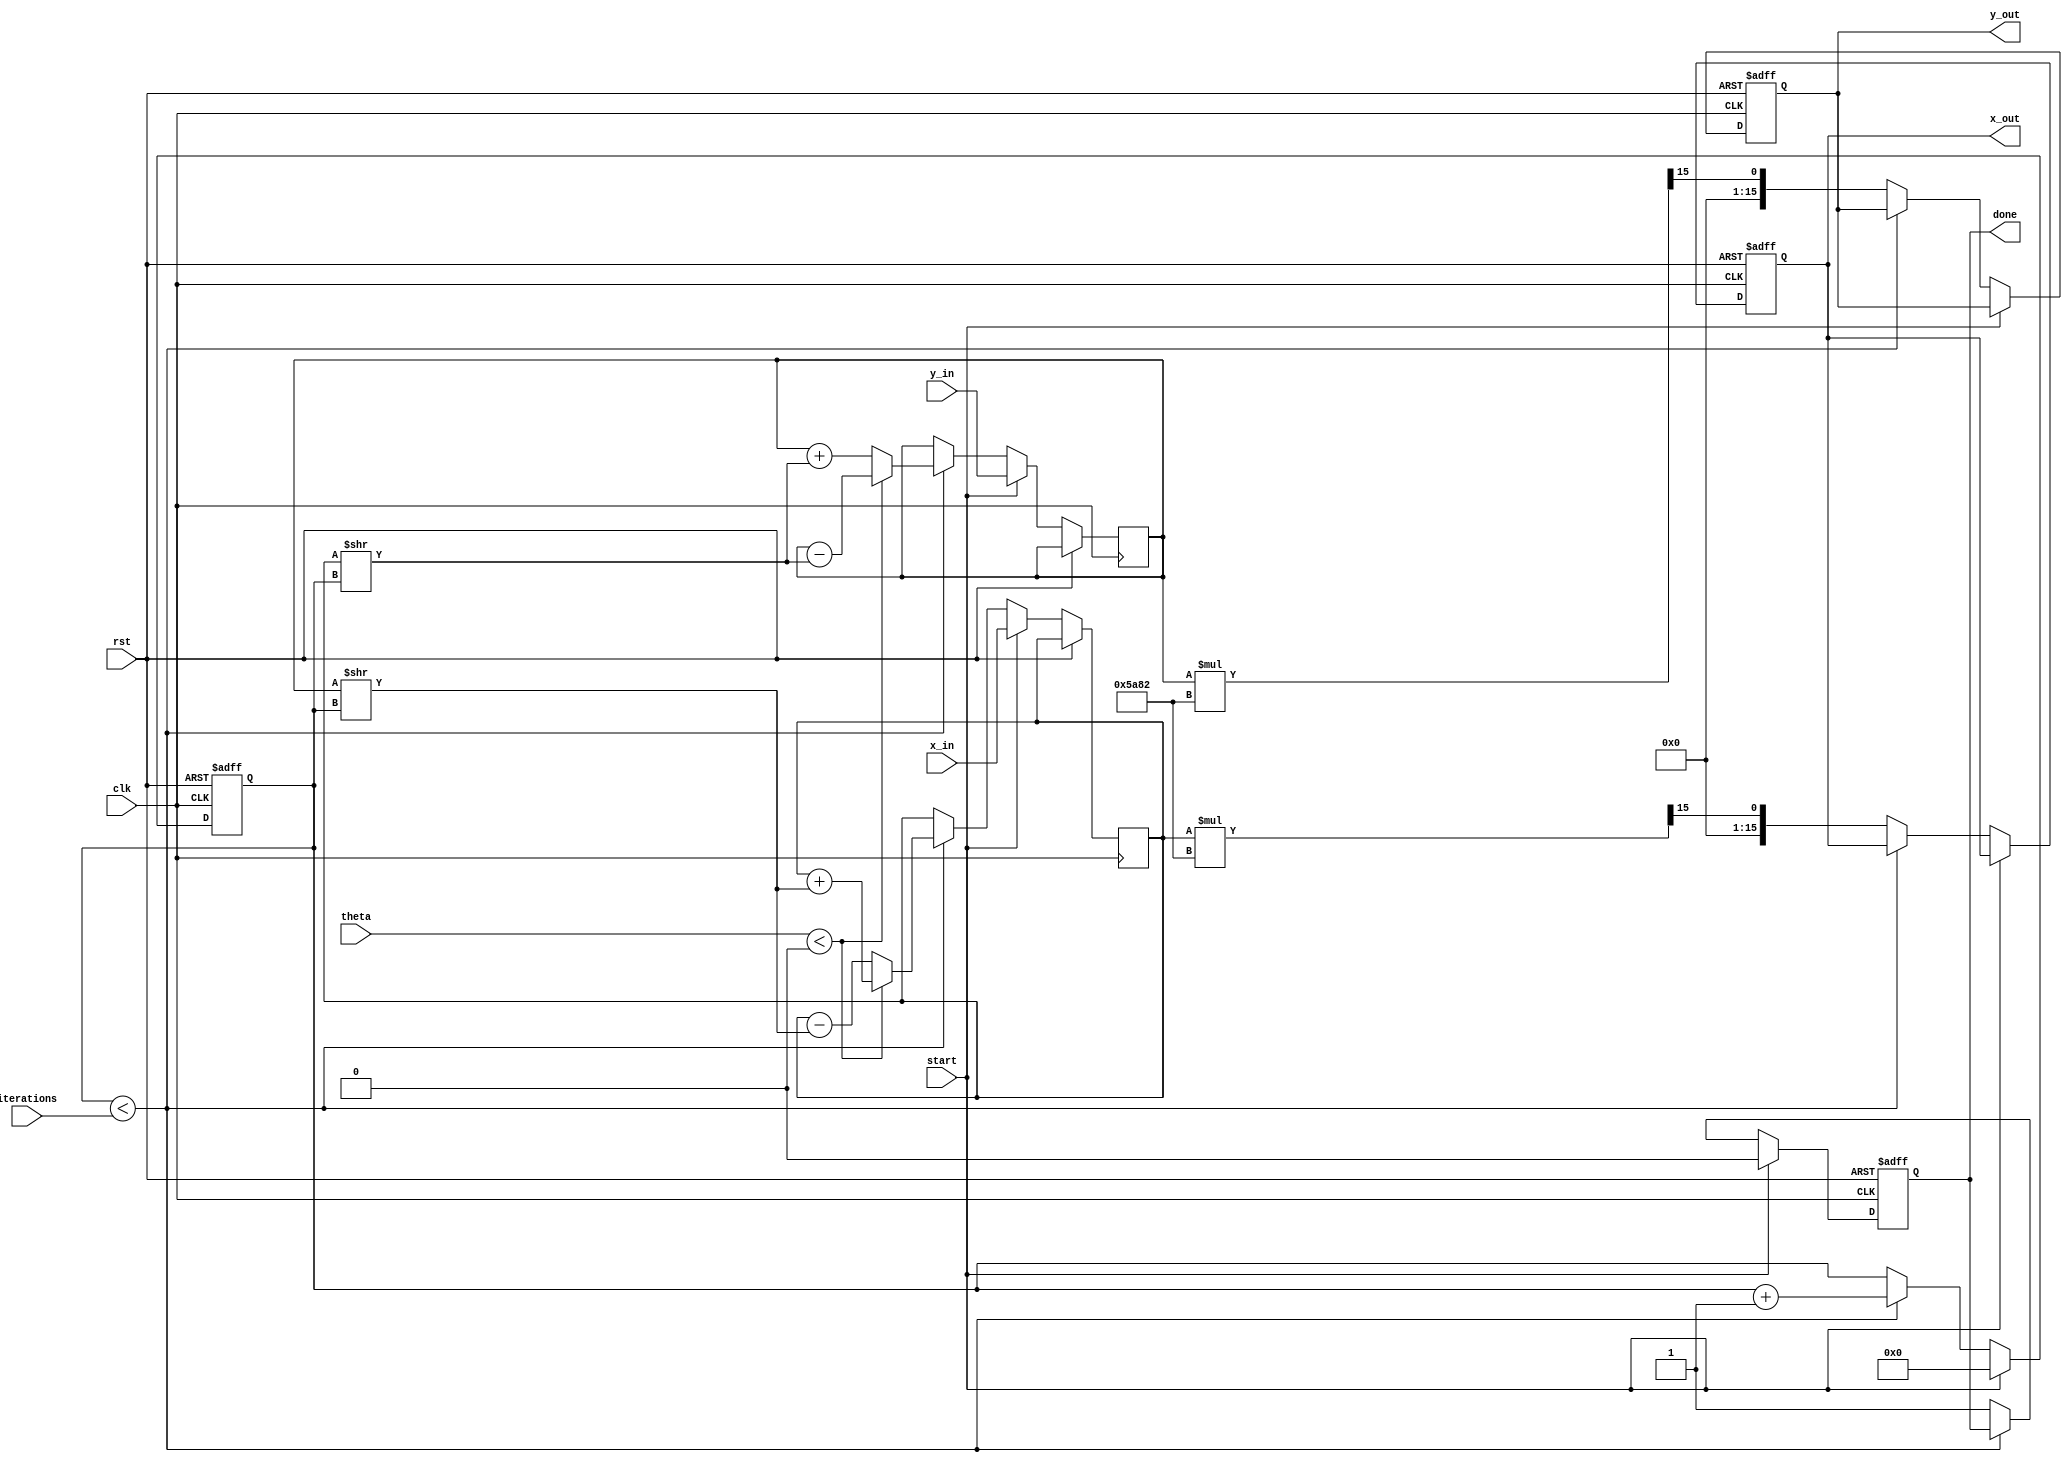
module cordic (
    input wire clk,
    input wire rst,
    input wire start,
    input wire [15:0] theta, // Input angle in fixed-point format
    input wire [15:0] x_in,   // Initial x vector
    input wire [15:0] y_in,   // Initial y vector
    input wire [3:0] iterations, // Number of iterations for precision
    output reg [15:0] x_out, // Final x output
    output reg [15:0] y_out, // Final y output
    output reg done // Done signal
);

    // Pre-computed angle table (in fixed-point format)
    reg [15:0] angle_table [0:15]; // Adjust size based on precision
    initial begin
        // Populate the angle table with pre-computed arctangent values
        angle_table[0] = 16'h0000; // atan(2^0) = 0
        angle_table[1] = 16'h3C90; // atan(2^-1) = 45 degrees
        angle_table[2] = 16'h3A2D; // atan(2^-2) = 26.565 degrees
        angle_table[3] = 16'h3920; // atan(2^-3) = 14.036 degrees
        angle_table[4] = 16'h3840; // atan(2^-4) = 7.125 degrees
        angle_table[5] = 16'h3800; // atan(2^-5) = 3.576 degrees
        angle_table[6] = 16'h1C71; // atan(2^-6) = 1.789 degrees
        angle_table[7] = 16'h1B74; // atan(2^-7) = 0.896 degrees
        angle_table[8] = 16'h1B00; // atan(2^-8) = 0.447 degrees
        angle_table[9] = 16'h1A00; // atan(2^-9) = 0.224 degrees
        angle_table[10] = 16'h1900; // atan(2^-10) = 0.112 degrees
        angle_table[11] = 16'h1800; // atan(2^-11) = 0.056 degrees
        angle_table[12] = 16'h1700; // atan(2^-12) = 0.028 degrees
        angle_table[13] = 16'h1600; // atan(2^-13) = 0.014 degrees
        angle_table[14] = 16'h1500; // atan(2^-14) = 0.007 degrees
        angle_table[15] = 16'h1400; // atan(2^-15) = 0.003 degrees
    end

    // Scaling factor (pre-computed)
    parameter SCALING_FACTOR = 16'h5A82; // Approximation of 1/sqrt(1 + 2^(-2n))

    reg [15:0] x_reg, y_reg;
    reg [3:0] iter_count;
    reg [15:0] angle;

    always @(posedge clk or posedge rst) begin
        if (rst) begin
            x_out <= 0;
            y_out <= 0;
            done <= 0;
            iter_count <= 0;
        end else if (start) begin
            // Initialize the registers
            x_reg <= x_in;
            y_reg <= y_in;
            iter_count <= 0;
            done <= 0;
        end else if (iter_count < iterations) begin
            // Fetch the angle from the table
            angle = angle_table[iter_count];

            // Perform the rotation
            if (theta < 0) begin
                // Rotate clockwise
                x_reg <= x_reg + (y_reg >> iter_count);
                y_reg <= y_reg - (x_reg >> iter_count);
            end else begin
                // Rotate counter-clockwise
                x_reg <= x_reg - (y_reg >> iter_count);
                y_reg <= y_reg + (x_reg >> iter_count);
            end

            // Increment the iteration counter
            iter_count <= iter_count + 1;
        end else begin
            // Apply scaling factor
            x_out <= (x_reg * SCALING_FACTOR) >> 15; // Adjust for fixed-point scaling
            y_out <= (y_reg * SCALING_FACTOR) >> 15; // Adjust for fixed-point scaling
            done <= 1; // Indicate completion
        end
    end

endmodule